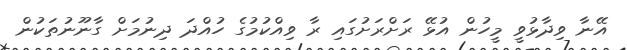
އޭނާ ވިދާޅުވީ މީހުން އުޅޭ ރަށްރަށުގައި ރާ ވިއްކުމުގެ ހުއްދަ ދިނުމަށް ގާނޫނުތަކުން